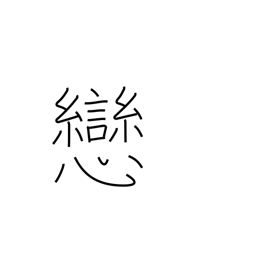
Meaning: darling